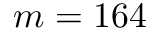
m = 1 6 4